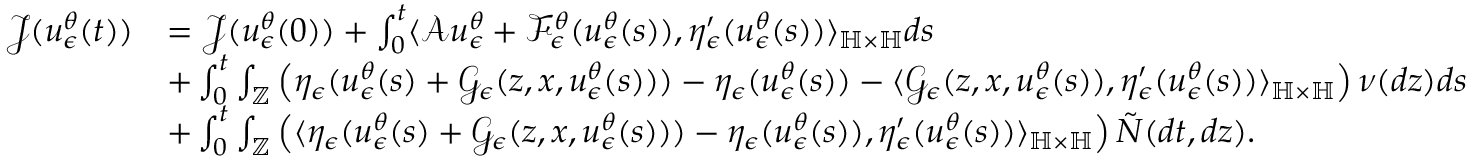
\begin{array} { r l } { \mathcal { J } ( u _ { \epsilon } ^ { \theta } ( t ) ) } & { = \mathcal { J } ( u _ { \epsilon } ^ { \theta } ( 0 ) ) + \int _ { 0 } ^ { t } \langle \mathcal { A } u _ { \epsilon } ^ { \theta } + \mathcal { F } _ { \epsilon } ^ { \theta } ( u _ { \epsilon } ^ { \theta } ( s ) ) , \eta _ { \epsilon } ^ { \prime } ( u _ { \epsilon } ^ { \theta } ( s ) ) \rangle _ { \mathbb { H } \times \mathbb { H } } d s } \\ & { + \int _ { 0 } ^ { t } \int _ { \mathbb { Z } } \left( \eta _ { \epsilon } ( u _ { \epsilon } ^ { \theta } ( s ) + \mathcal { G } _ { \epsilon } ( z , x , u _ { \epsilon } ^ { \theta } ( s ) ) ) - \eta _ { \epsilon } ( u _ { \epsilon } ^ { \theta } ( s ) ) - \langle \mathcal { G } _ { \epsilon } ( z , x , u _ { \epsilon } ^ { \theta } ( s ) ) , \eta _ { \epsilon } ^ { \prime } ( u _ { \epsilon } ^ { \theta } ( s ) ) \rangle _ { \mathbb { H } \times \mathbb { H } } \right) \nu ( d z ) d s } \\ & { + \int _ { 0 } ^ { t } \int _ { \mathbb { Z } } \left( \langle \eta _ { \epsilon } ( u _ { \epsilon } ^ { \theta } ( s ) + \mathcal { G } _ { \epsilon } ( z , x , u _ { \epsilon } ^ { \theta } ( s ) ) ) - \eta _ { \epsilon } ( u _ { \epsilon } ^ { \theta } ( s ) ) , \eta _ { \epsilon } ^ { \prime } ( u _ { \epsilon } ^ { \theta } ( s ) ) \rangle _ { \mathbb { H } \times \mathbb { H } } \right) \tilde { N } ( d t , d z ) . } \end{array}